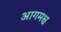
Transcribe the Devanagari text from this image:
आगमश्च